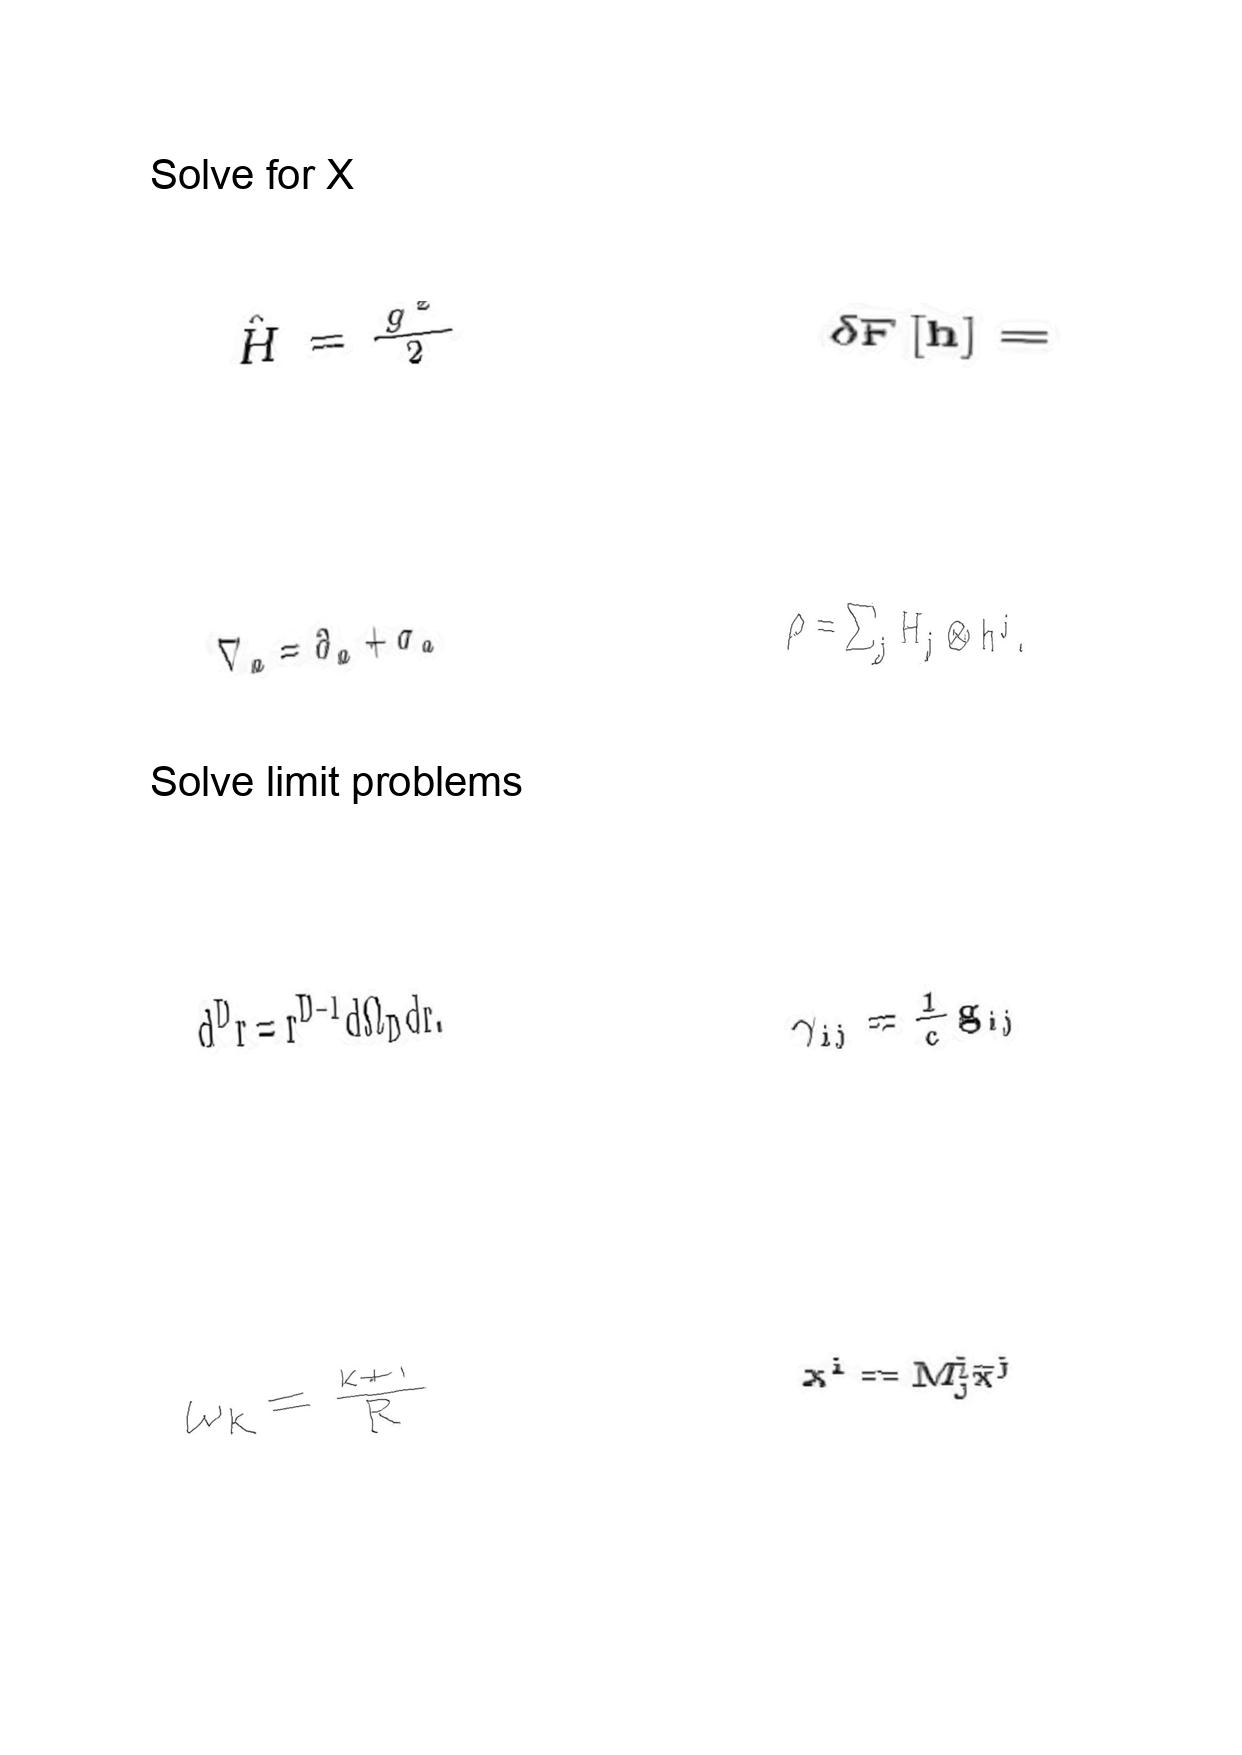
LaTeX transcription:
\hat { H } = \frac { g ^ { 2 } } { 2 }
\nabla _ { a } = \partial _ { a } + \sigma _ { a }
d ^ { D } r = r ^ { D - 1 } d \Omega _ { D } d r .
\omega _ { k } = \frac { k + 1 } { R }
\delta F \lbrack h \rbrack =
\rho = \sum _ { j } H _ { j } \otimes h ^ { j } .
\gamma _ { i j } = \frac { 1 } { c } g _ { i j }
x ^ { i } = M ^ { i } _ { j } \bar { x } ^ { j }